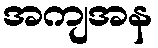
အကျအန